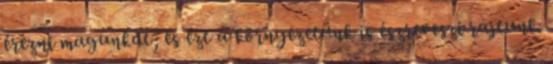
érezni magunkat, és ezt a környezetünk is észreveszi rajtunk.